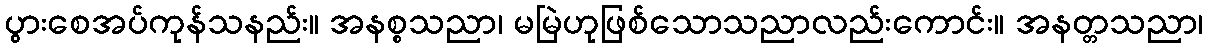
ပွားစေအပ်ကုန်သနည်း။ အနစ္စသညာ၊ မမြဲဟုဖြစ်သောသညာလည်းကောင်း။ အနတ္တသညာ၊